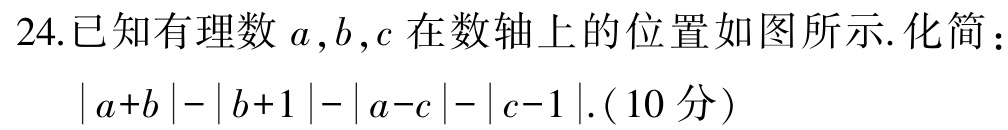
24.已知有理数\(a,b,c\)在数轴上的位置如图所示.化简：
\(\vert a + b\vert-\vert b + 1\vert-\vert a - c\vert-\vert c - 1\vert\).（10分）